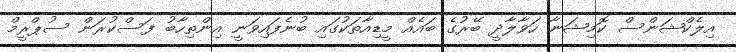
އިލެކްޝަންސް ކޮމިޝަނާ ހަވާލާދީ ބޭރުގެ ބައެއް މީޑިއާތަކުގައި ބުނެފައިވަނީ އިންތިހާބު ފަސްކުރަން ސުޕްރީމް